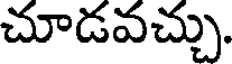
చూడవచ్చు.